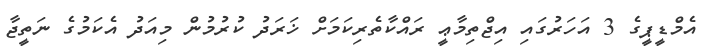
އެމްޑީޕީގެ 3 އަހަރުގައި އިޖްތިމާޢީ ރައްކާތެރިކަމަށް ޚަރަދު ކުރުމުން މިއަދު އެކަމުގެ ނަތީޖާ